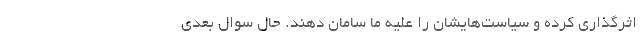
اثرگذاری کرده و سیاست‌هایشان را علیه ما سامان دهند. حال سوال بعدی